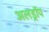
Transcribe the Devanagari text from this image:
अलड्रॉप